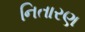
નિતારણ